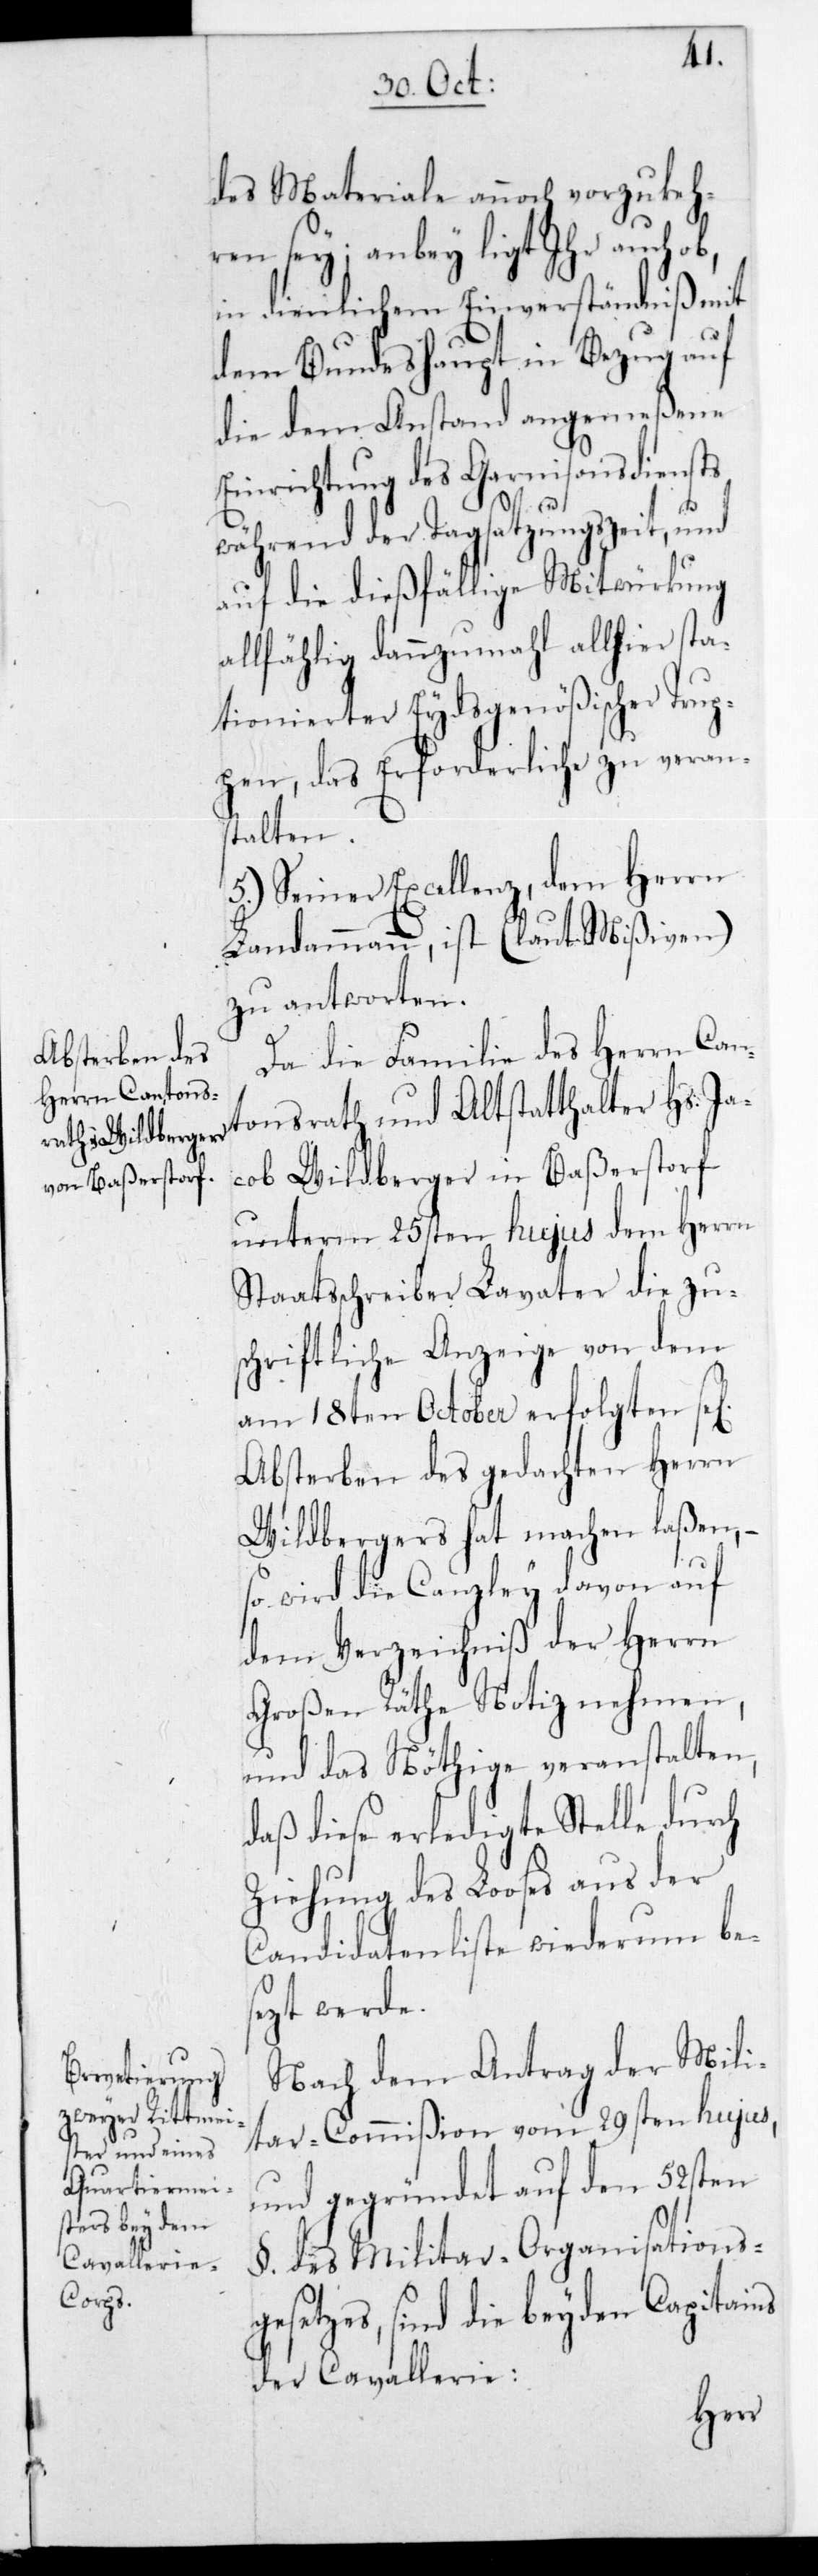
des Materiale annoch vorzukeh¬
ren sey; anbey ligt Ihr auch ob,
in dienlichem Einverständniß mit
dem Bundeshaupt in Bezug auf
die dem Anstand angemeßene
Einrichtung des Garnisonsdiensts
während der Tagsatzungszeit, und
auf die dießfällige Mitwürkung
allfählig dannzumahl allhier sta¬
tionierter Eydsgenößischer Trup¬
pen, das Erforderliche zu verans¬
talten.
5.) Seiner Excellenz dem Herrn
Landammann ist (laut Mißiven)
zu antworten.
Da die Familie des Herrn Can¬
tonsrath und Altstatthalter Hs. Ja¬
cob Wildberger in Baßerstorf
unterm 25sten hujus dem Herrn
Staatsschreiber Lavater die zu¬
schriftliche Anzeige von dem
am 18ten October erfolgten se[l¬
Absterben des gedachten Herrn
Wildbergers hat machen laßen, –
so wird die Canzley davon auf
dem Verzeichniß der Herrn
Großen Räthe Notiz nehmen,
und das Nöthige veranstalten,
daß diese erledigte Stelle durch
Ziehung des Loses aus der
Candidatenliste wiederum bes¬
etzt werde.
Nach dem Antrag der Mili¬
tar-Commißion vom 29sten hujus,
und gegründet auf den 52sten
§.. des Militar-Organisationsg¬
esetzes, sind die beyden Capitains
der Cavallerie:
igen]